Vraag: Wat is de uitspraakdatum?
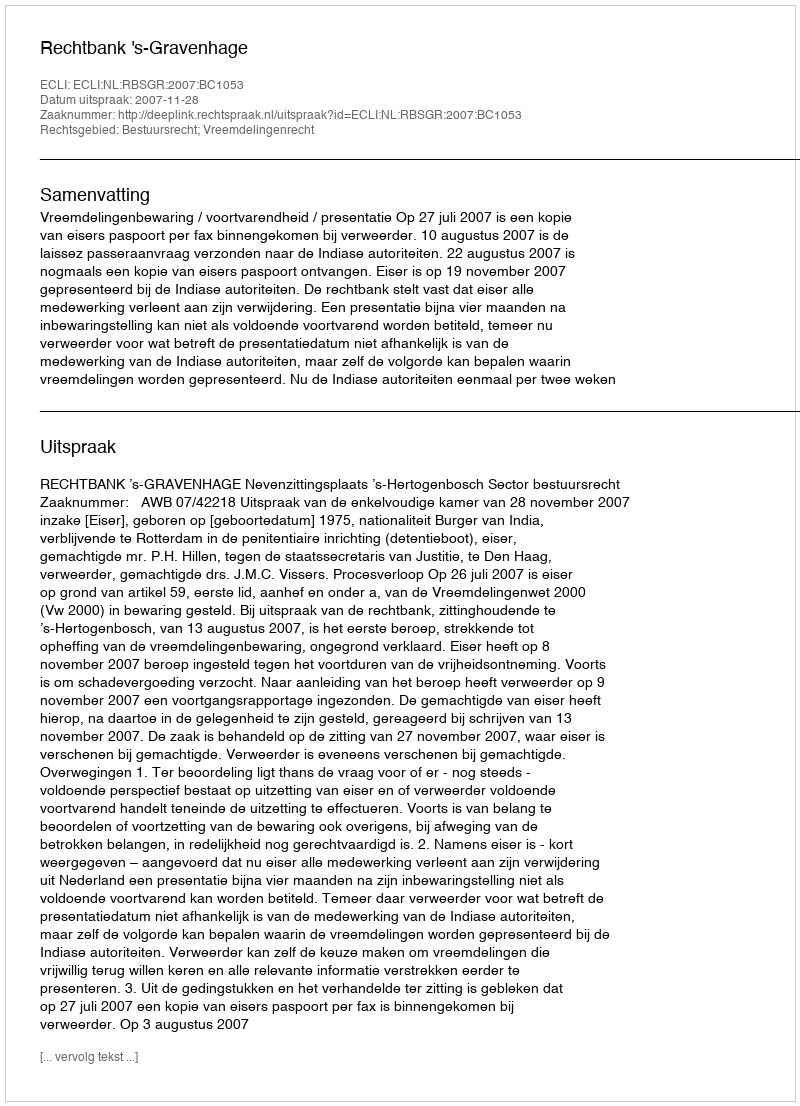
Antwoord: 2007-11-28